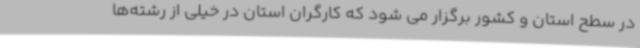
در سطح استان و کشور برگزار می شود که کارگران استان در خیلی از رشته‌ها